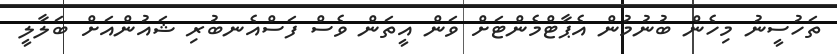
ތަހުސީނު މިހެން ބުނުމުން އެޕާޓްމެންޓަށް ވަން އީތަން ވެސް ފަސްއެނބުރި ޝައުންއަށް ބަލާލީ